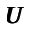
{ \pmb U }